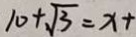
1 0 + \sqrt { 3 } = x +